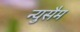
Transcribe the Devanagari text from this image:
न्युसैम